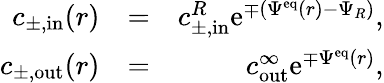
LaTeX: \begin{array}{rlr}{c_{\pm,\mathrm{in}}(r)}&{=}&{c_{\pm,\mathrm{in}}^{R}\mathrm{e}^{\mp(\Psi^{\mathrm{eq}}(r)-\Psi_{R})},}\\ {c_{\pm,\mathrm{out}}(r)}&{=}&{c_{\mathrm{out}}^{\infty}\mathrm{e}^{\mp\Psi^{\mathrm{eq}}(r)},}\end{array}